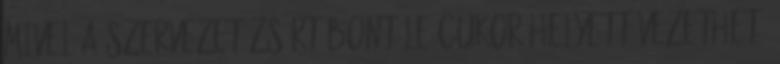
mivel a szervezet zsírt bont le cukor helyett vezethet.